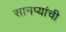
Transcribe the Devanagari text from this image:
सानप्यांची